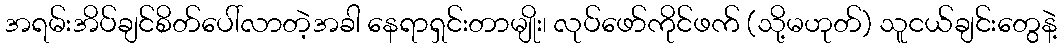
အရမ်းအိပ်ချင်စိတ်ပေါ်လာတဲ့အခါ နေရာရှင်းတာမျိုး၊ လုပ်ဖော်ကိုင်ဖက် (သို့မဟုတ်) သူငယ်ချင်းတွေနဲ့